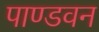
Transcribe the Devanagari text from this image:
पाण्डवन